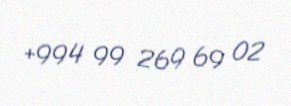
+994 99 269 69 02